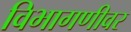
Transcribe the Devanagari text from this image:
विभागणीवर